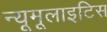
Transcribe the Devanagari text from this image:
न्यूमूलाइटिस